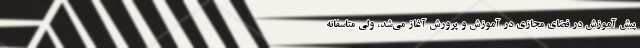
پیش آموزش در فضای مجازی در آموزش و پرورش آغاز می‌شد، ولی متاسفانه